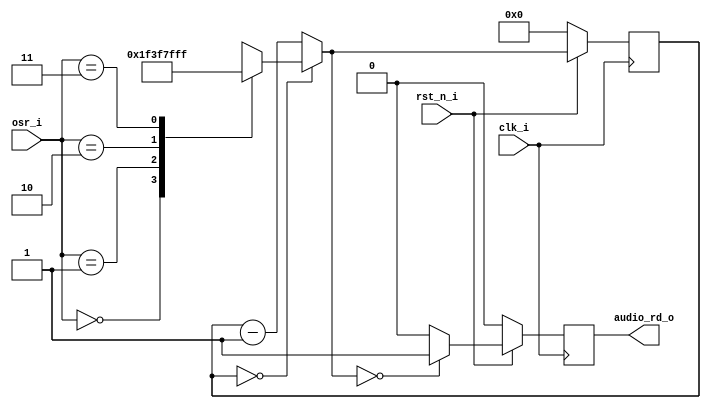
// This program was cloned from: https://github.com/iic-jku/iic-audiodac-v1
// License: Apache License 2.0

// SPDX-FileCopyrightText: 2022 Johannes Kepler University, Institute for 
// Integrated Circuits (H. Pretl, L. Blagojevic, M. Esen, K. Freinberger, 
// M. Golser, M. Hackl, A. Hinterdorfer, O. Kara, D. Kellerer, P. Kotek, 
// J. Mayrhofer, M. Meingast, T. Pankratz, J. Ratschenberger, R. Reddy.Mitta, 
// P. Schmidt, S. Seidl, I. Shala, M. Zbl)
//
// Licensed under the Apache License, Version 2.0 (the "License");
// you may not use this file except in compliance with the License.
// You may obtain a copy of the License at
//
//      http://www.apache.org/licenses/LICENSE-2.0
//
// Unless required by applicable law or agreed to in writing, software
// distributed under the License is distributed on an "AS IS" BASIS,
// WITHOUT WARRANTIES OR CONDITIONS OF ANY KIND, either express or implied.
// See the License for the specific language governing permissions and
// limitations under the License.
// SPDX-License-Identifier: Apache-2.0

`ifndef _STROBE_
`define _STROBE_

module stud_strobe #(parameter WIDTH=8)(
	input              clk_i,
	input        	   rst_n_i,
	input  [1:0] 	   osr_i,
	output             audio_rd_o
);

reg strb, next_strb;
reg[WIDTH-1:0] counter, next_counter;
localparam [7:0] OSR32 = 8'd31;
localparam [7:0] OSR64 = 8'd63;
localparam [7:0] OSR128 = 8'd127;
localparam [7:0] OSR256 = 8'd255;


assign audio_rd_o = strb;

always @(posedge clk_i) begin
	    // we use a synchronous reset
    if (!rst_n_i) begin
	strb	   <= 1'b0;
	counter    <= {WIDTH{1'b0}};
    end else begin
	strb	   <= next_strb;
	counter    <= next_counter;
    end
  end

  always @(counter, osr_i, strb)begin
	next_counter = counter;
	next_strb  = strb;
	next_counter = counter - 1'b1;
	if (counter == 8'd0)begin
		case(osr_i)
		2'b00: begin
			next_counter = OSR32;
		end
		2'b01: begin
			next_counter = OSR64;
		end
		2'b10: begin
			next_counter = OSR128;
		end
		2'b11: begin
			next_counter = OSR256;
		end
		default: next_counter = OSR128;
		endcase
	end
	if (next_counter == 8'd0)begin //generate strobe every time the counter reaches 0
		next_strb = 1'b1;
	end else begin
		next_strb = 1'b0;
	end
  end


endmodule
`endif